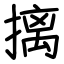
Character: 摛